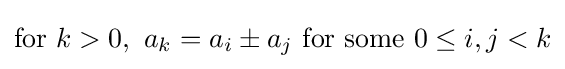
{\text{for }}k>0,\ a_{k}=a_{i}\pm a_{j}{\text{ for some }}0\leq i,j<k